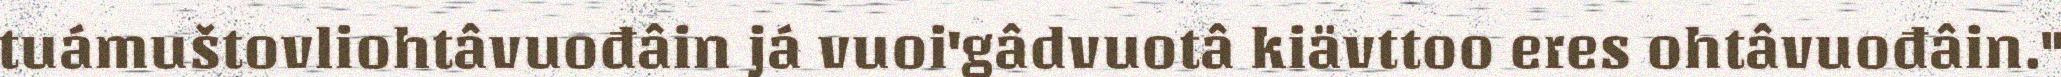
tuámuštovliohtâvuođâin já vuoi'gâdvuotâ kiävttoo eres ohtâvuođâin."